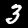
Digit: 3